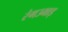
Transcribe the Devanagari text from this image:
रंगउभाड़